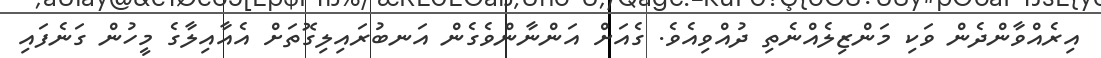
އިރެއްވާންދެން ވަކި މަންޒިލެއްނެތި ދުއްވިއެވެ. ގެއަށް އަންނާންވެގެން އަނބުރައިލިގޮތަށް އެއާއިލާގެ މީހުން ގަނެފައި